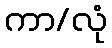
ကာ/လုံ